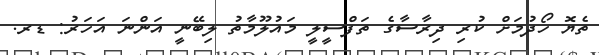
ތެޔޮ ހޯދުމަށް ކުރި ދިރާސާގެ ތަފްސީލީ މައުލޫމާތު ލިބޭނީ އަންނަ އަހަރު: ޑރ.